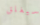
سيغلق